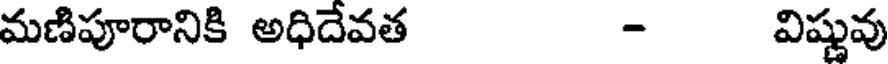
మణిపూరానికి అధిదేవత - విష్ణువు